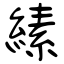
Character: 縤